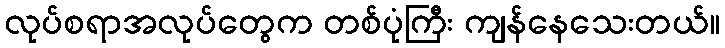
လုပ်စရာအလုပ်တွေက တစ်ပုံကြီး ကျန်နေသေးတယ်။